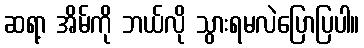
ဆရာ့ အိမ်ကို ဘယ်လို သွားရမလဲပြောပြပါ။